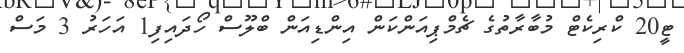
ޓީ20 ކްރިކެޓް މުބާރާތުގެ ޗެމްޕިއަންކަން އިންޑިއަން ބްލޫސް ހޯދައިފި1 އަހަރު 3 މަސް